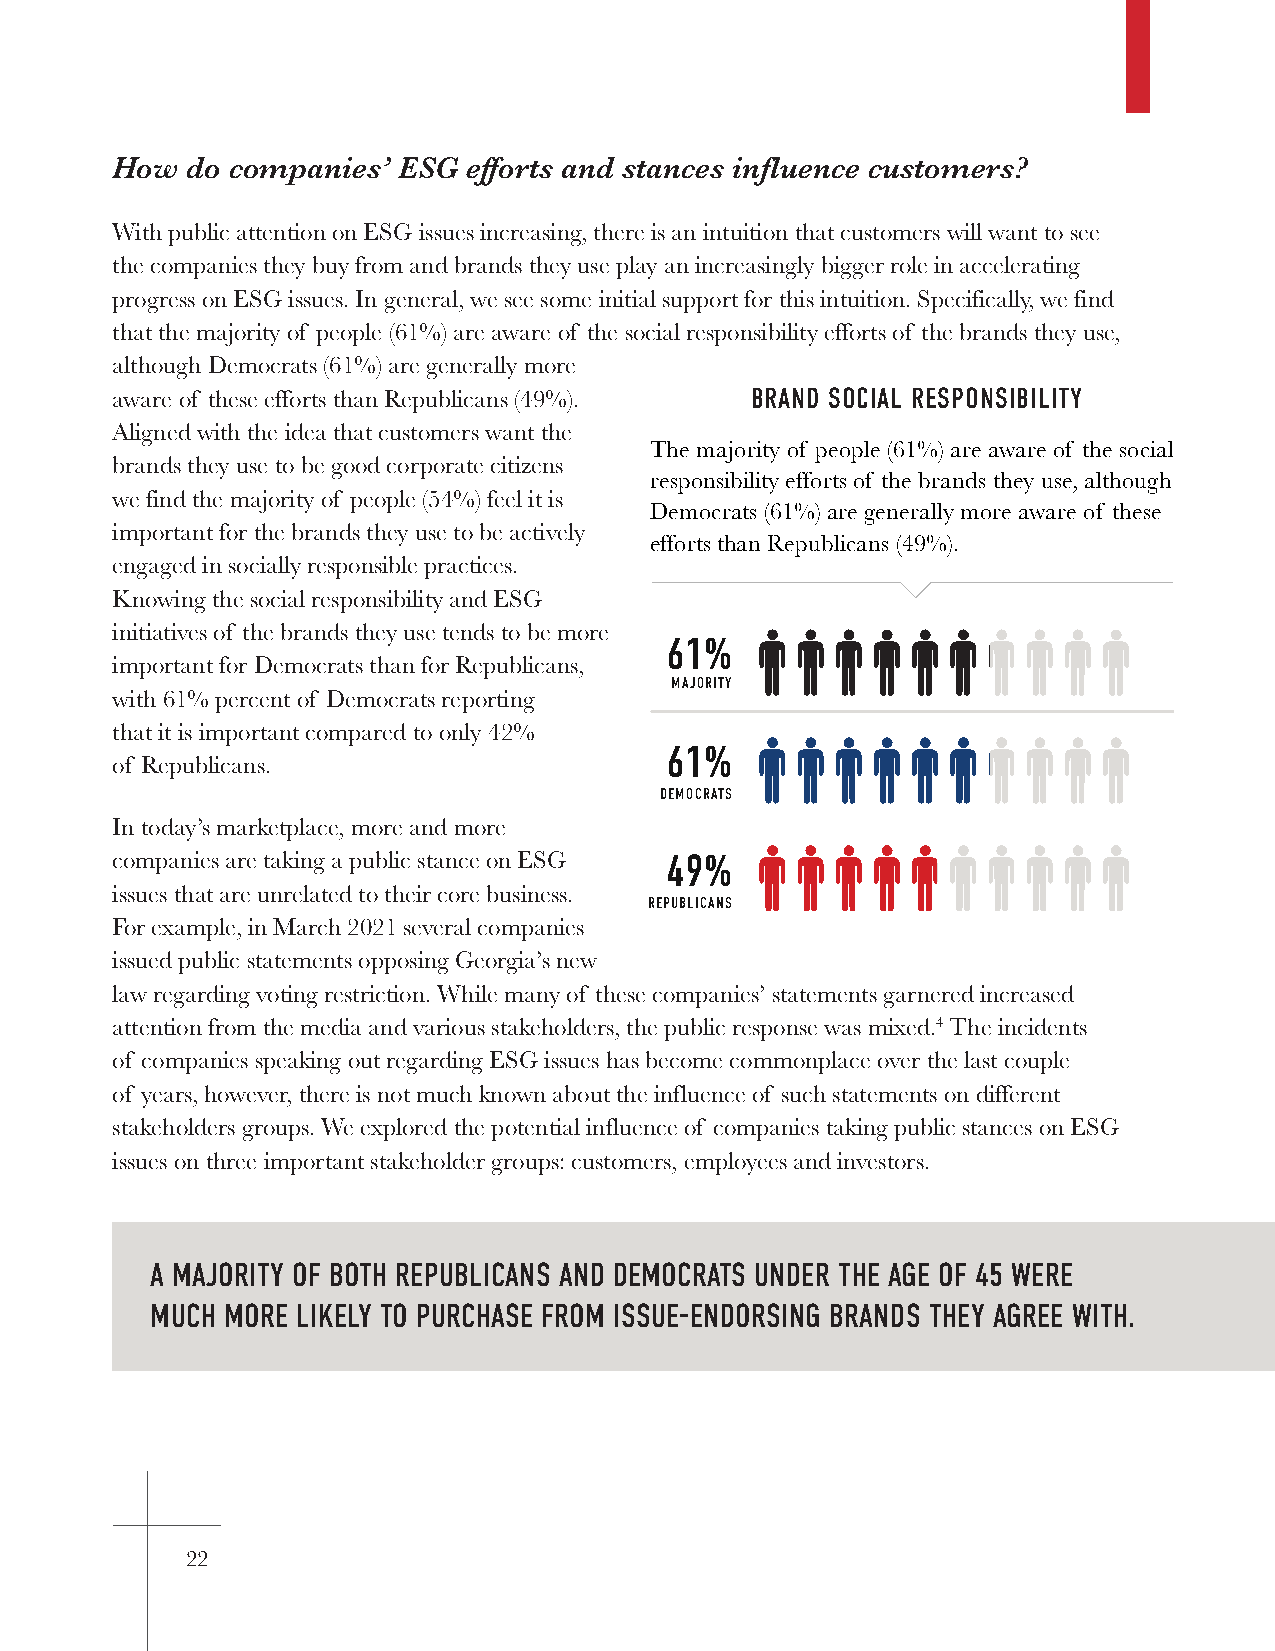
How  do companies’ ESG  efforts and stances influence customers?
 With public attention on ESG issues increasing, there is an intuition that customers will want to see
 the companies they buy from and brands they use play an increasingly bigger role in accelerating
 progress on ESG issues. In general, we see some initial support for this intuition. Specifically, we find
 that the majority of people (61%) are aware of the social responsibility efforts of the brands they use,
 although Democrats (61%) are generally more
 aware of these efforts than Republicans (49%). SOCIAL RBERSAPNODN SSOIBCIILALIT RYE ASWPOANRSEINBEILSISTY
 Aligned with the idea that customers want the
 The majority of people (61%) are aware of the social
 brands they use to be good corporate citizens
 responsibility efforts of the brands they use, although
 we find the majority of people (54%) feel it is
 Democrats (61%) are generally more aware of these
 important for the brands they use to be actively
 efforts than Republicans (49%).
 engaged in socially responsible practices.
 Knowing the social responsibility and ESG
 initiatives of the brands they use tends to be more
 61%
 important for Democrats than for Republicans,
 MAJORITY
 with 61% percent of Democrats reporting
 that it is important compared to only 42%
 61%
 of Republicans.
 DEMOCRATS
 In today’s marketplace, more and more
 companies are taking a public stance on ESG 49%
 issues that are unrelated to their core business.
 REPUBLICANS
 For example, in March 2021 several companies
 issued public statements opposing Georgia’s new
 law regarding voting restriction. While many of these companies’ statements garnered increased
 attention from the media and various stakeholders, the public response was mixed.4 The incidents
 of companies speaking out regarding ESG issues has become commonplace over the last couple
 of years, however, there is not much known about the influence of such statements on different
 stakeholders groups. We explored the potential influence of companies taking public stances on ESG
 issues on three important stakeholder groups: customers, employees and investors.
 A MAJORITY OF BOTH REPUBLICANS AND DEMOCRATS UNDER THE AGE OF 45 WERE
 MUCH MORE LIKELY TO PURCHASE FROM ISSUE-ENDORSING BRANDS THEY AGREE WITH.
 22